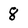
Character: 8